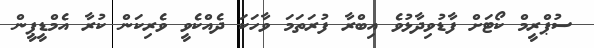
ސުޕްރީމް ކޯޓަށް ފާޑުވިދާޅުވެ އިބްރާ ފުރަތަމަ ވާހަކަ ދެއްކެވީ ވެރިކަން ކުރާ އެމްޑީޕީން